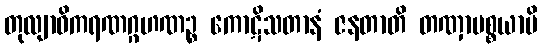
တုလျာဓိကရဏဂ္ဂဟဏဉ္စ ကောဋိသတာနံ ဇနတာတိ တဏှာပစ္စယာပိ